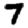
Digit: 7